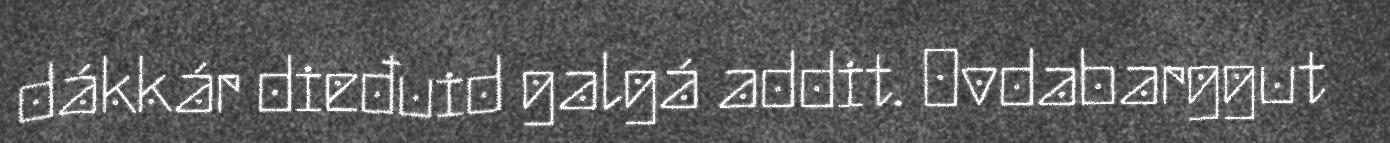
dákkár dieđuid galgá addit. Ovdabarggut